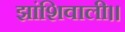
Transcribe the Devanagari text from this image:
झांशिवाली।।